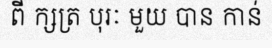
ពី ក្សត្រ បុរៈ មួយ បាន កាន់